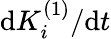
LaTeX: \mathrm{d}K_{i}^{(1)}/\mathrm{d}t